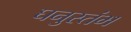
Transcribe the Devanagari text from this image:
घनुस्तंभ